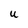
Character: U